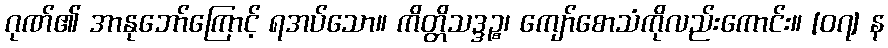
ဂုဏ်၏ အာနုဘော်ကြောင့် ရအပ်သော။ ကိတ္တိသဒ္ဒဉ္စ၊ ကျော်စောသံကိုလည်းကောင်း။ [၀၇] န